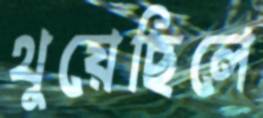
থুয়েছিলে